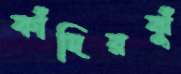
কাঁদিরঝুঁ